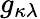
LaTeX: {g}_{\kappa\lambda}